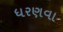
ધરણવા